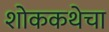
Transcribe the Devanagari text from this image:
शोककथेचा